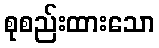
စုစည်းထားသော